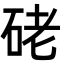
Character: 硓